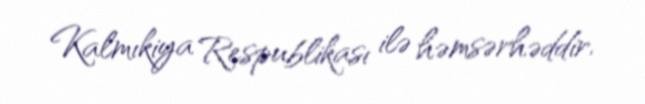
Kalmıkiya Respublikası ilə həmsərhəddir.